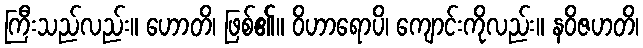
ကြီးသည်လည်း။ ဟောတိ၊ ဖြစ်၏။ ဝိဟာရောပိ၊ ကျောင်းကိုလည်း။ နဝိဇဟတိ၊